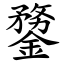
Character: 䥐